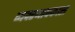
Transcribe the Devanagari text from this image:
व्यवस्थापकास